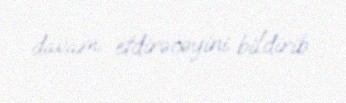
davam etdirəcəyini bildirib.